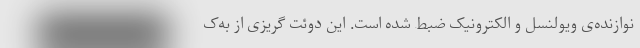
نوازنده‌ی ویولنسل و الکترونیک ضبط شده است. این دوئت گریزی از به‌ک